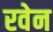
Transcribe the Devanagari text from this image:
रवेन